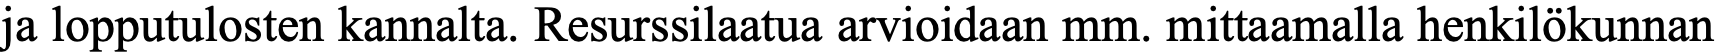
ja lopputulosten kannalta. Resurssilaatua arvioidaan mm. mittaamalla henkilökunnan